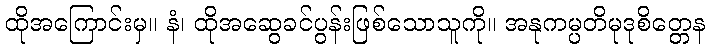
ထိုအကြောင်းမှ။ နံ၊ ထိုအဆွေခင်ပွန်းဖြစ်သောသူကို။ အနုကမ္ပတိမုဒုစိတ္တေန